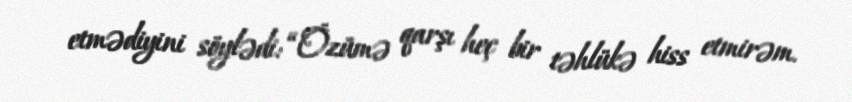
etmədiyini söylədi: “Özümə qarşı heç bir təhlükə hiss etmirəm.